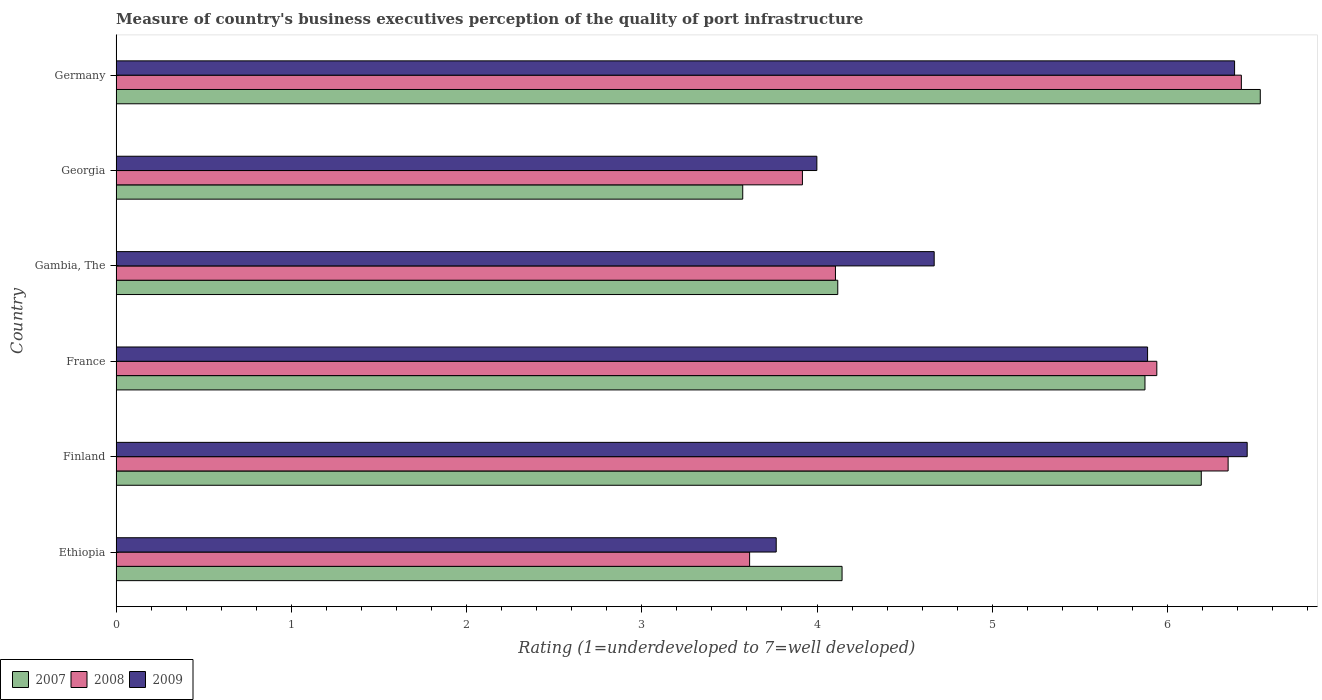
| Country | 2007 | 2008 | 2009 |
 | --- | --- | --- | --- |
 | Ethiopia | 4.14 | 3.62 | 3.77 |
 | Finland | 6.19 | 6.35 | 6.45 |
 | France | 5.87 | 5.94 | 5.89 |
 | Gambia, The | 4.12 | 4.11 | 4.67 |
 | Georgia | 3.58 | 3.92 | 4 |
 | Germany | 6.53 | 6.42 | 6.38 |